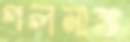
গলনাঙ্ক